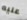
عليه